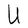
Character: U